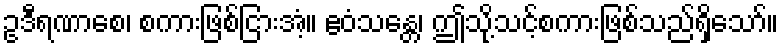
ဥဒီရဏာစေ၊ စကားဖြစ်ငြားအံ့။ ဧဝံသန္တေ၊ ဤသို့သင့်စကားဖြစ်သည်ရှိသော်။